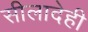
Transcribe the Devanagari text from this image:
सीलादेही